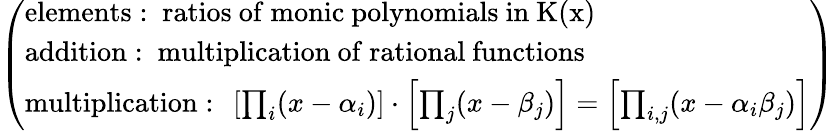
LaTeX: \left(\begin{array}{l}{\mathrm{elements:~ratios~of~monic~polynomials~in~K(x)~}}\\ {\mathrm{addition:~multiplication~of~rational~functions}}\\ {\mathrm{multiplication:~}\left[\prod_{i}(x-\alpha_{i})\right]\cdot\left[\prod_{j}(x-\beta_{j})\right]=\left[\prod_{i,j}(x-\alpha_{i}\beta_{j})\right]}\end{array}\right)